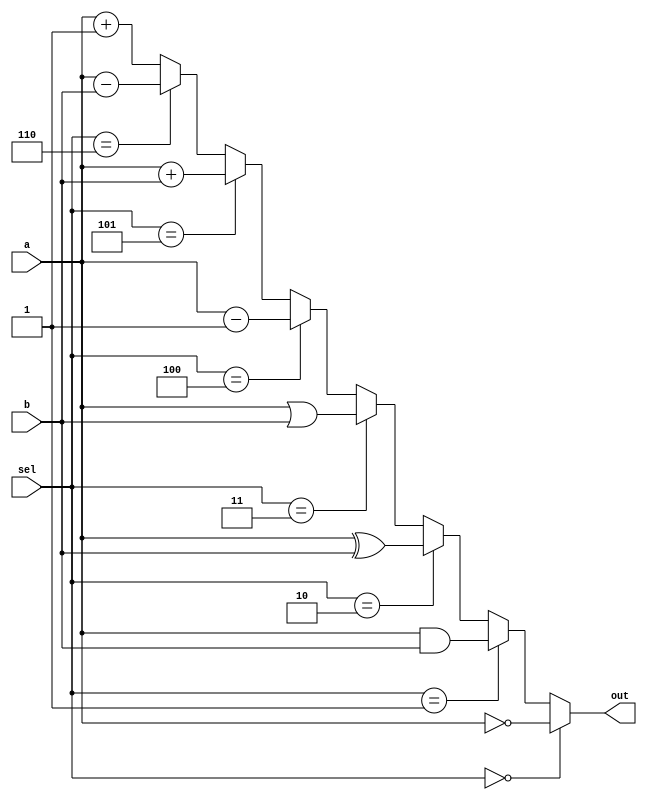
`timescale 1ns/100ps
module ALU_32bit(sel, a, b, out);
  input [2:0] sel;
  input [31:0] a, b;
  output [31:0] out;
  
  assign out = (sel == 3'b000) ? ~a :
               (sel == 3'b001) ? a & b :
               (sel == 3'b010) ? a ^ b :
               (sel == 3'b011) ? a | b :
               (sel == 3'b100) ? a - 32'b1 :
               (sel == 3'b101) ? a + b :
               (sel == 3'b110) ? a - b : a + 32'b1;
endmodule

module ALU_32bit_tb();
  reg [2:0] sel;
  reg [31:0] a, b;
  wire [31:0] out;
  
  ALU_32bit alu(sel, a, b, out);
  
  initial begin
    $display("Simulation started");
    $monitor("sel = %b, a = %h, b = %h, out = %h", sel, a, b, out);
    sel = 3'b000; //Complement A
    a = 32'h12345678;
    b = 32'h87654321;
    
    #10
    sel = 3'b001; //AND
    #10
    sel = 3'b010; //EX-OR
    #10
    sel = 3'b011; //OR
    #10
    sel = 3'b100; //Decrement A
    #10
    sel = 3'b101; //Add
    #10
    sel = 3'b110; //Subtract
    #10 
    sel = 3'b111; //Increment A
    #10
    
    $display("Simulation ended");
    $finish;
  end

endmodule